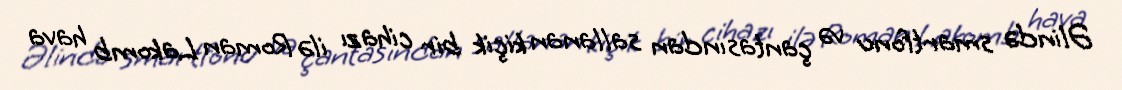
Əlində smartfonu və çantasından sallanan kiçik bir cihazı ilə Roman Lakomb hava